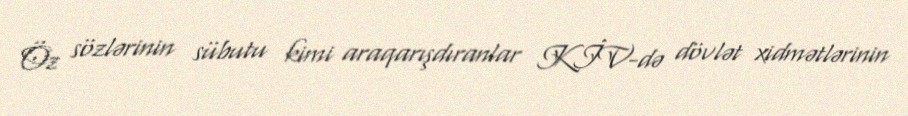
Öz sözlərinin sübutu kimi araqarışdıranlar KİV-də dövlət xidmətlərinin